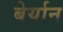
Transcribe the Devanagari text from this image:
बेर्यान